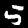
Label: 5